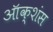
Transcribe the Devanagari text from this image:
ऑक्शंस